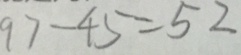
9 7 - 4 5 = 5 2